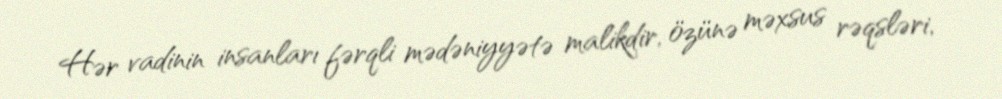
Hər vadinin insanları fərqli mədəniyyətə malikdir, özünə məxsus rəqsləri,